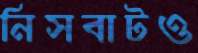
নিসবাটও